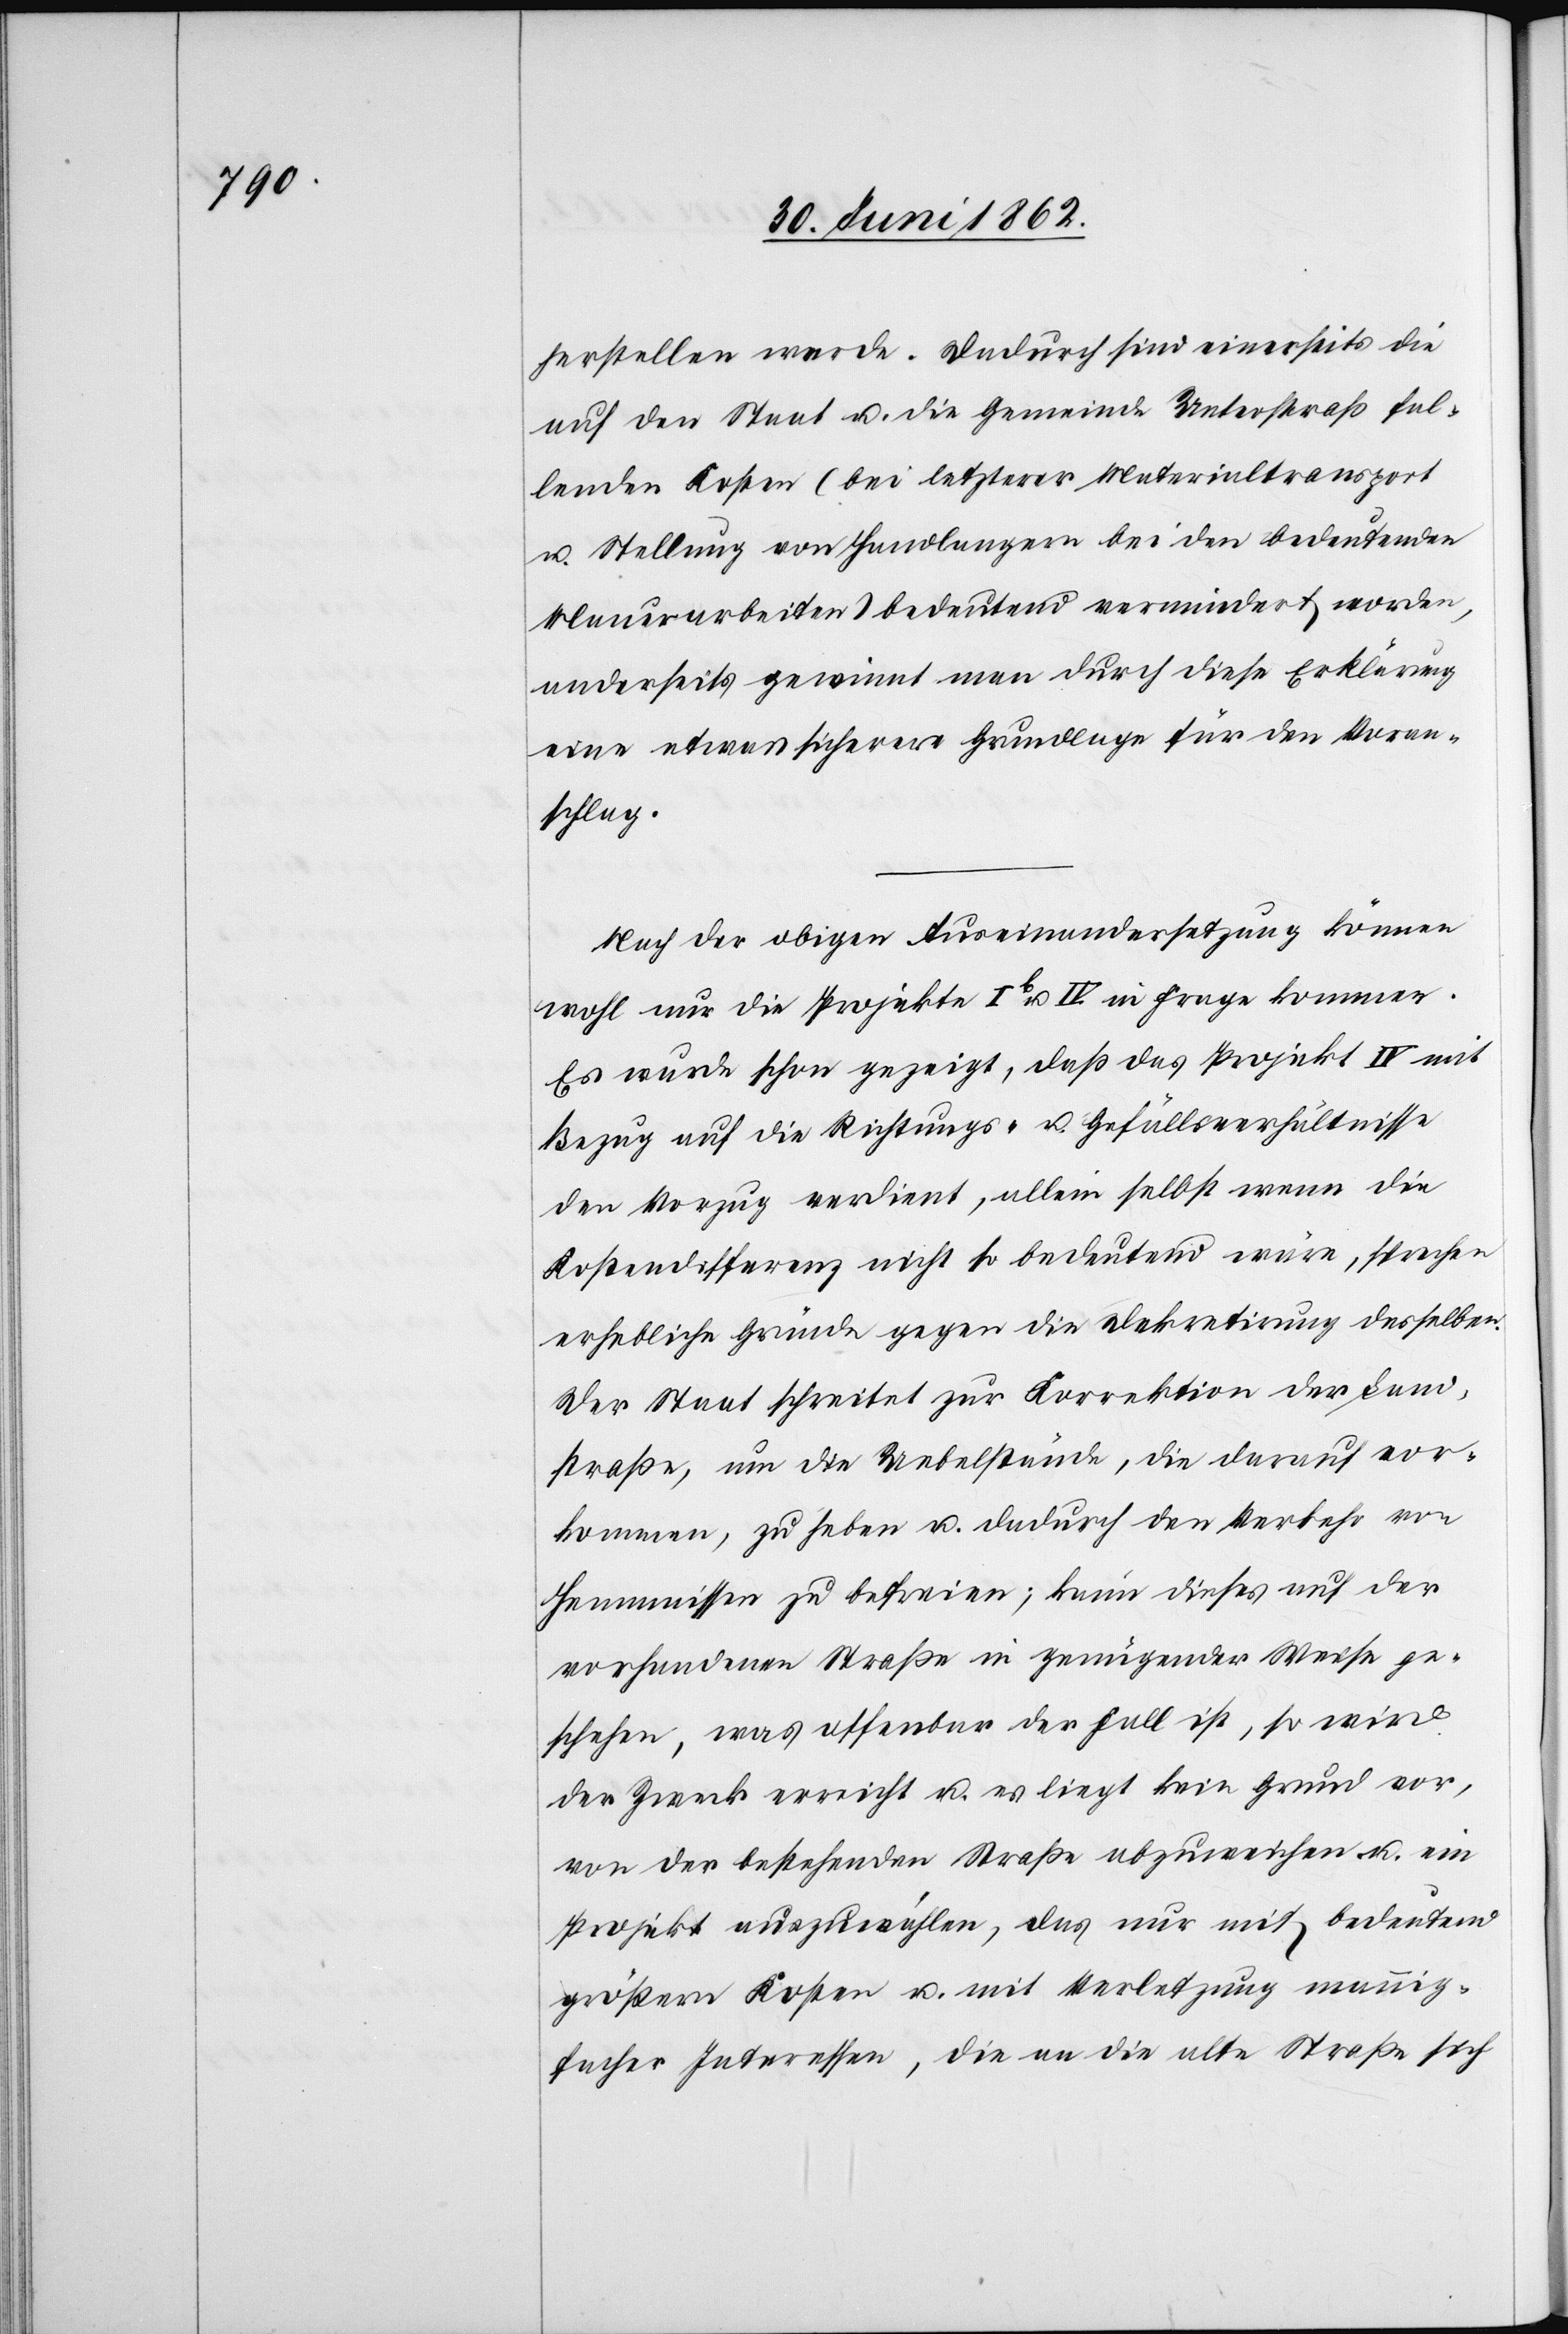
herstellen werde. Dadurch sind einerseits die
auf den Staat u. die Gemeinde Unterstraß fal¬
lenden Kosten (Bei letzterer Materialtransport
u. Stellung von Handlungen bei den bedeutenden
Mauerarbeiten) bedeutend vermindert worden,
anderseits gewinnt man durch diese Erklärung
eine etwas sicherere Grundlage für den Voran¬
schlag.
Nach der obigen Auseinandersetzung können
wohl nur die Projekte Ib u. IV in Frage kommen.
Es wurde schon gezeigt, daß das Projekt IV mit
Bezug auf die Richtungs- u. Gefällsverhältnisse
den Vorzug verdient, allein selbst wenn die
Kostendifferenz nicht so bedeutend wäre, sprechen
erhebliche Gründe gegen die Dekretirung desselben.
Der Staat schreitet zur Korrektion der Land¬
straße, um die Uebelstände, die darauf vor¬
kommen, zu heben u. dadurch den Verkehr von
Hemmnissen zu befreien; kann dieses auf der
vorhandenen Straße in genügender Weise ge¬
schehen, was offenbar der Fall ist, so wird
der Zweck erreicht u. es liegt kein Grund vor,
von der bestehenden Straße abzuweichen u. ein
Projekt auszuwählen, das nur mit bedeutend
größern Kosten u. mit Verletzung mannig¬
facher Interessen, die an die alte Straße sich